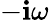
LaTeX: -\mathbf{i}\omega